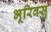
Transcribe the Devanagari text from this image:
भूरिवसु